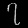
Digit: ၇